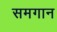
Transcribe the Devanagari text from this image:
समगान